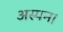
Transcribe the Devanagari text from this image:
अस्पन।